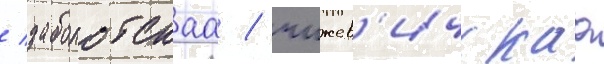
/ заболотскаа / чижев'ичскаа